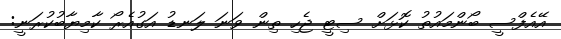
އޭއެފްސީ ބޯންމައުތު ކޮޅަށް ސިޓީ ޖެހި ތިން ވަނަ ލަނޑު އަގުއެރޯ ކާމިޔާބުކުރަނީ: